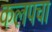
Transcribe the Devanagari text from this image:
कलपचा